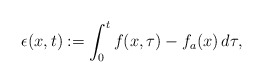
\begin{align*}\epsilon(x,t) := \int_0^t f(x,\tau) - f_a(x) \,d\tau,\end{align*}